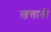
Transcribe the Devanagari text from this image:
ख़त्ताती